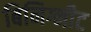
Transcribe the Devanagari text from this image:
बिनिग्नीट